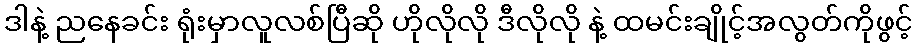
ဒါနဲ့ ညနေခင်း ရုံးမှာလူလစ်ပြီဆို ဟိုလိုလို ဒီလိုလို နဲ့ ထမင်းချိုင့်အလွတ်ကိုဖွင့်